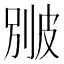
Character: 𤿱